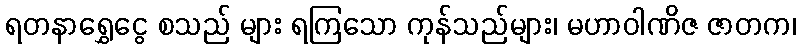
ရတနာရွှေငွေ စသည် များ ရကြသော ကုန်သည်များ၊ မဟာဝါဏိဇ ဇာတက၊